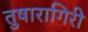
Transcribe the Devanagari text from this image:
तुषारागिरी